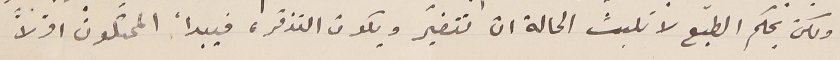
ولكن بحكم الطّبع لا تلبث الحالة ان تتغيّر ويكون التذمّر، فيبدأ الممثلونْ اوّلاً